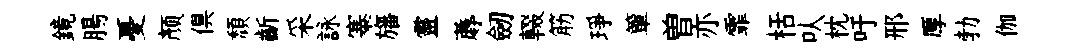
鏡腸憂颜俱頽齗采詠寨旛靈蓐劒輟筋琤簞曽亦霏栝㕥枕吁邢厚勃伽